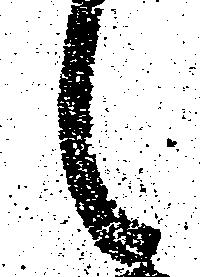
々